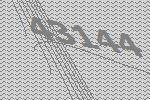
43144